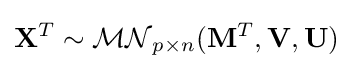
\mathbf {X} ^{T}\sim {\mathcal {MN}}_{p\times n}(\mathbf {M} ^{T},\mathbf {V} ,\mathbf {U} )